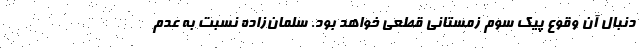
دنبال آن وقوع پیک سوم زمستانی قطعی خواهد بود. سلمان‌زاده نسبت به عدم